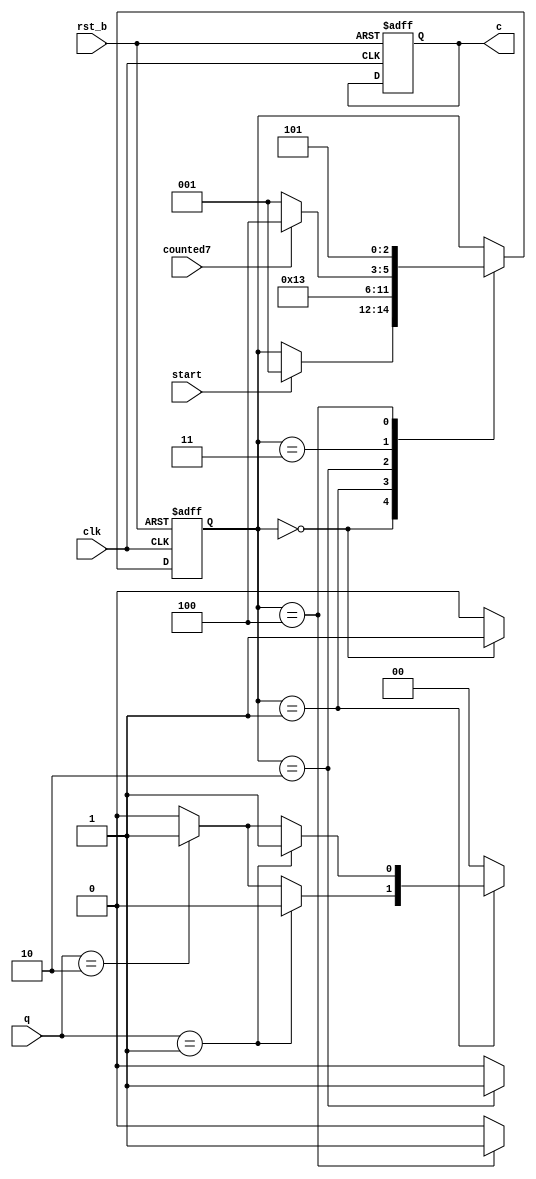
module control_unit (input clk, rst_b, start, counted7, input [0:-1]q, output reg [6:0]c);
  
  // SHIFT <--> TEST
  localparam START = 0;
  localparam SCAN = 1;    
  localparam SHIFT = 2;
  localparam TEST = 3;
  localparam OUTPUT = 4;
  localparam END = 5;
  
  reg [2:0]state, state_next;
  
  //Se stabileste urmatorea stare in functie de starea curenta si input
  always@(*)
    begin
      state_next = state;
      case(state)
        START: if(start == 1) state_next = SCAN;
        SCAN: state_next = SHIFT;
        SHIFT: state_next = TEST;
        TEST: 
          begin
            if(counted7 == 1)
              state_next = OUTPUT;
            else
              state_next = SCAN;
          end
        OUTPUT: state_next = END;
      endcase
    end
  
  //Se stabilesc valorile semnalelor c in functie de valorile lui q
  always@(*)
    begin
      c = 0;
      case(state)
        START: 
          begin
            c[0] = 1;
            c[1] = 1;
          end
        SCAN: 
          begin
            if(q == 2'b01)
              c[2] = 1;
            else
              if(q == 2'b10)
                begin
                  c[2] = 1;
                  c[3] = 1;
                end
          end
        SHIFT: c[4] = 1;
        OUTPUT: 
          begin
            c[5] = 1;
            c[6] = 1;
          end
      endcase
    end
    
    always@(posedge clk, negedge rst_b)
      begin
        if(~rst_b) 
          begin
            state <= START;
            c = 0;
          end
        else
          state <= state_next; 
      end
      
endmodule